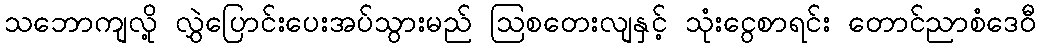
သဘောကျလို့ လွှဲပြောင်းပေးအပ်သွားမည် ဩစတေးလျနှင့် သုံးငွေစာရင်း တောင်ညာစံဒေဝီ